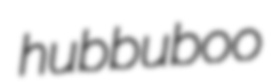
hubbuboo